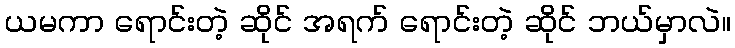
ယမကာ ရောင်းတဲ့ ဆိုင် အရက် ရောင်းတဲ့ ဆိုင် ဘယ်မှာလဲ။